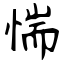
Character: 惴